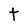
Character: t